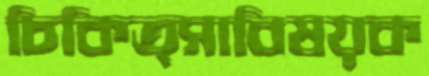
চিকিত্সাবিষয়ক